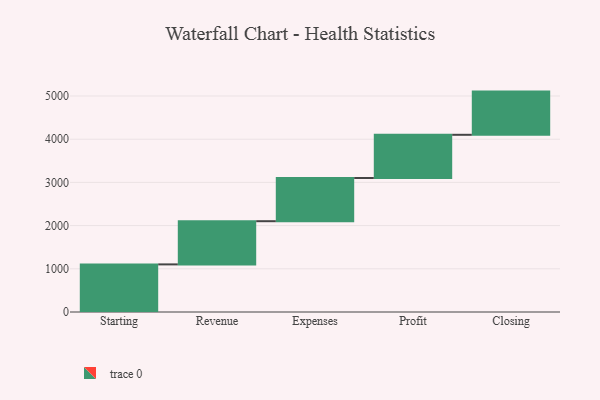
{"axis": {"x": "Step", "y": "Value"}, "legend": [""], "data": [{"x": "Starting", "y": 1102.0, "type": ""}, {"x": "Revenue", "y": 1000, "type": ""}, {"x": "Expenses", "y": 1000, "type": ""}, {"x": "Profit", "y": 1000, "type": ""}, {"x": "Closing", "y": 1000, "type": ""}]}